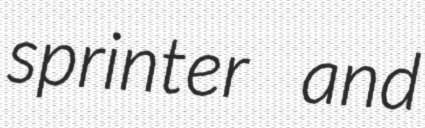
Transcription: sprinter and